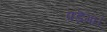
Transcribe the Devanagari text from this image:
पड़ॆगा।